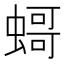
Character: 𧎺